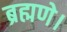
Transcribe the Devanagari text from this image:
ब्रह्मणे।